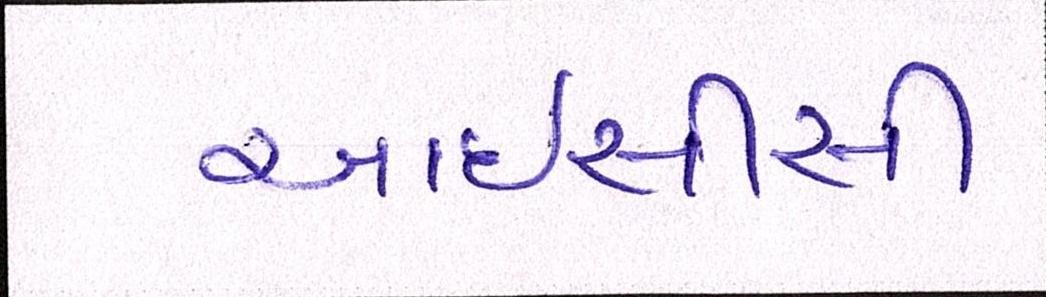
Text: આઇસીસી